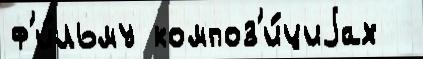
ф'и́льму композ'и́циjах